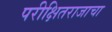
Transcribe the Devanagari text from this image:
परीक्षितराजाचा